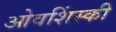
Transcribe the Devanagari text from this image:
ओवशिंस्की